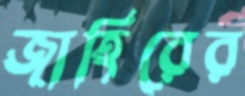
জাহিরের